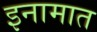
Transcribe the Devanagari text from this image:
इनामात